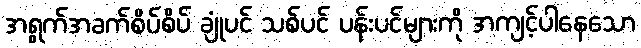
အရွက်အခက်စိပ်စိပ် ချုံပင် သစ်ပင် ပန်းပင်များကို အကျင့်ပါနေသော